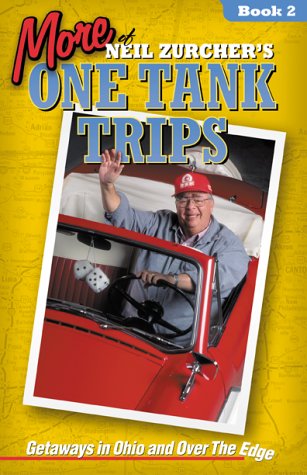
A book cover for More of Neil Zurcher's One Tank Trips: Travels in Ohio and Over the Edge; Neil Zurcher; Travel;